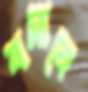
বসাবে